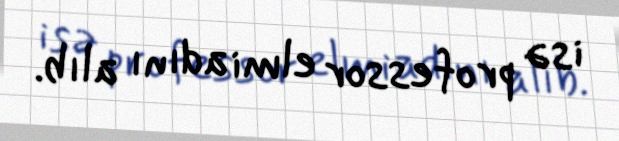
isə professor elmi adını alıb.